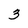
Character: 3